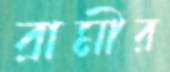
রামীর